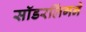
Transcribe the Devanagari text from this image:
सॉडरलिंगने